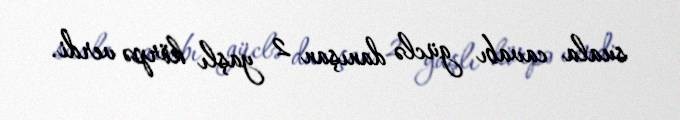
suala cavabı güclə danışan 2 yaşlı körpə verdi.